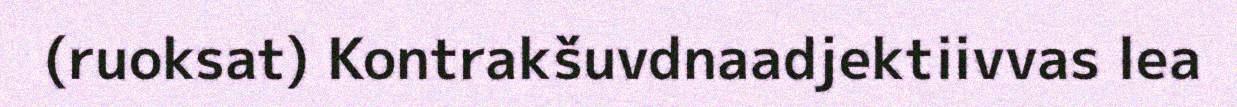
(ruoksat) Kontrakšuvdnaadjektiivvas lea